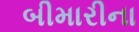
બીમારીના